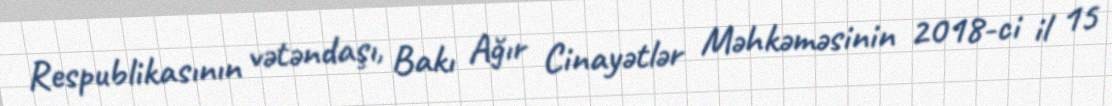
Respublikasının vətəndaşı, Bakı Ağır Cinayətlər Məhkəməsinin 2018-ci il 15